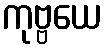
ကုဗ္ဗယေ